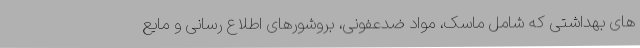
های بهداشتی که شامل ماسک، مواد ضدعفونی، بروشورهای اطلاع رسانی و مایع